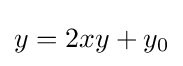
y=2xy+y_{0}